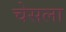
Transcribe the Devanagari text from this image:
चेसला